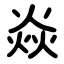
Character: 焱